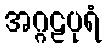
အဂ္ဂဠပုရံ